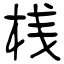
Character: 桟